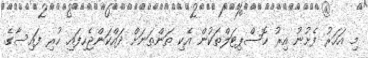
މި އަހަރު ފެށުނު އިރު ހޮސްޕިޓަލްތަކުން އެކި ތަންތަނަށް ދައްކަންޖެހިފައި ހުރި ފައިސާގެ